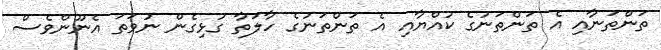
ތަންތަނާއި އެ ތަންތަނުގެ ކުއްޔާއި އެ ތަންތަނުގެ ހާލަތާ ގުޅިގެން ނުވަތަ އެނޫންވެސް